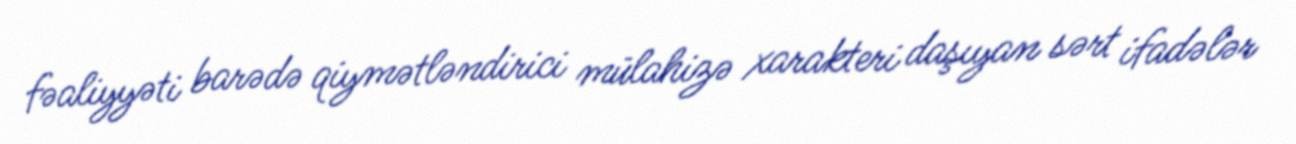
fəaliyyəti barədə qiymətləndirici mülahizə xarakteri daşıyan sərt ifadələr